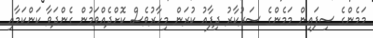
މަމެންގެ ސިފައިން މަމެންގެ ސަރުކާރު ދިފާއު ކުރަން މިހާރުވެސް ކޮށްދެއްވަމުން ގެންދަވާ ކަންކަމާއި